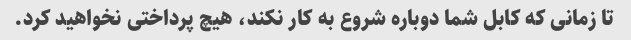
تا زمانی که کابل شما دوباره شروع به کار نکند، هیچ پرداختی نخواهید کرد.